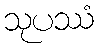
သုပဿံ